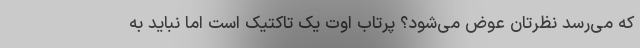
که می‌رسد نظرتان عوض می‌شود؟ پرتاب اوت یک تاکتیک است اما نباید به